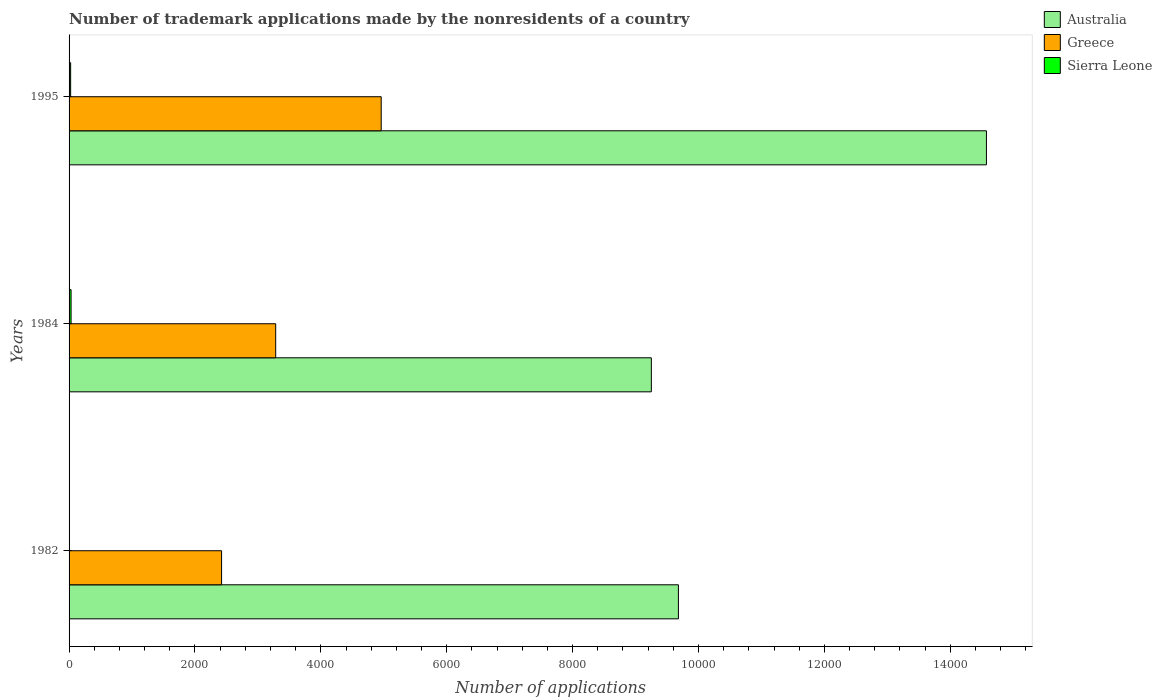
| Years | Australia | Greece | Sierra Leone |
 | --- | --- | --- | --- |
 | 1982 | 9.68e+03 | 2.42e+03 | 5 |
 | 1984 | 9.25e+03 | 3.28e+03 | 32 |
 | 1995 | 1.46e+04 | 4.96e+03 | 25 |